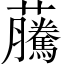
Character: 虅